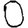
Digit: 0